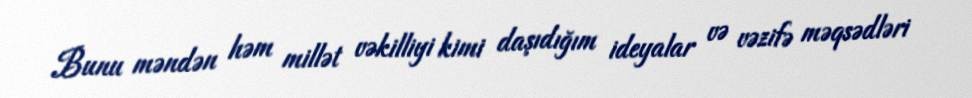
Bunu məndən həm millət vəkilliyi kimi daşıdığım ideyalar və vəzifə məqsədləri